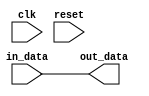
module Generate_Parameterized_Module #(parameter WIDTH = 8, parameter DEPTH = 16)(
    input wire clk,
    input wire reset,
    input wire [WIDTH-1:0] in_data,
    output reg [WIDTH-1:0] out_data
);

// Combiniational logic based on parameter values
always @* begin
    // Combinational logic based on input data
    // Add your specific functionality here
    out_data = in_data;
end

// Sequential logic based on parameter values
always @(posedge clk or posedge reset) begin
    if (reset) begin
        // Reset logic, if any
    end else begin
        // Sequential logic based on input data or state
        // Add your specific functionality here
    end
end

endmodule